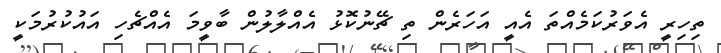
ތިހިރީ އެވަރުކަމެއްތަ އެއީ އަހަރެން ތި ޗޭނުކޮޅު އެއްލާލުން ބާވީމަ އެއްޗެހި އައުކުރުމަކީ